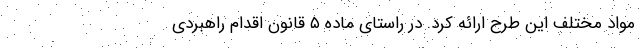
مواد مختلف این طرح ارائه کرد. در راستای ماده ۵ قانون اقدام راهبردی